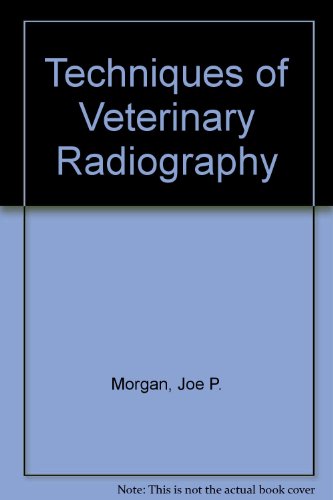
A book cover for Techniques of Veterinary Radiography; j.p.morgan...d.v.m.; Medical Books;